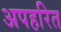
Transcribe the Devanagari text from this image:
अपहरित